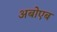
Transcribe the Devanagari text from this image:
अबोएब